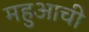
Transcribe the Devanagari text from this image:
महुआची